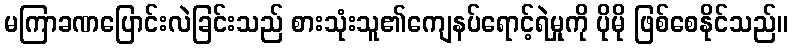
မကြာခဏပြောင်းလဲခြင်းသည် စားသုံးသူ၏ကျေနပ်ရောင့်ရဲမှုကို ပိုမို ဖြစ်စေနိုင်သည်။